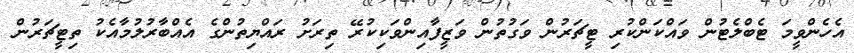
އެހެންވީމަ ޓެބްލެޓުން ވައްކަންކުރި ޓީޗަރުން ވަގުތުން ވަޒީފާއިންވަކިކުރޭ ތިރަށު ރައްޔިތުންގެ އެއްބާރުލުމާއެކު ތިޓީޗަރުން